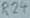
Text: R24